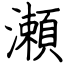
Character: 瀬